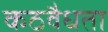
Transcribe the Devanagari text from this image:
कठवैधता